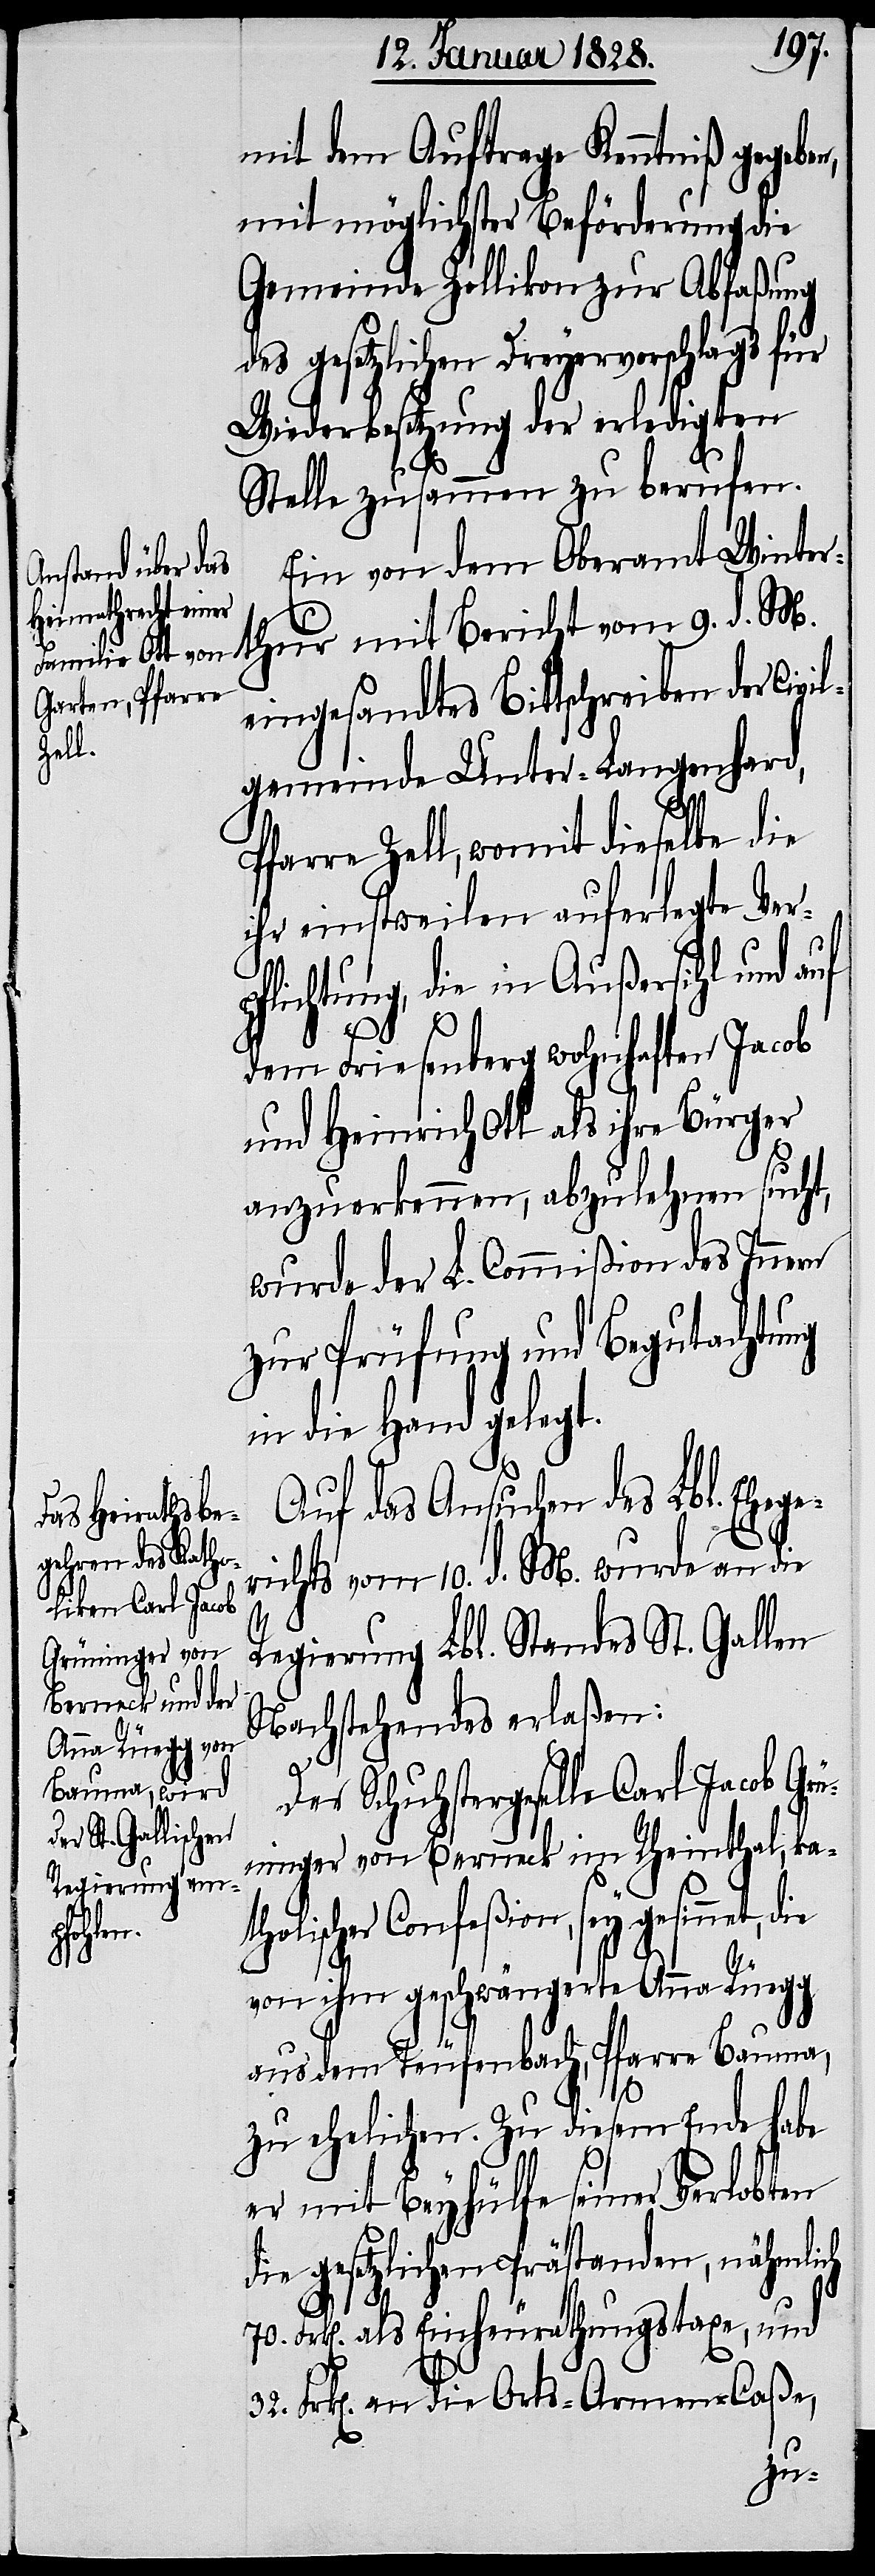
mit dem Auftrage Kenntniß gegeben,
mit möglichster Beförderung die
Gemeinde Zollikon zur Abfaßung
des gesetzlichen Dreyervorschlags für
Wiederbesetzung der erledigten
Stelle zusammen zu berufen.
Ein von dem Oberamt Winter¬
thur mit Bericht vom 9. d. M.
eingesandtes Bittschreiben der Civi¬
lgemeinde Unter-Langenhard,
farre Zell, womit dieselbe die
ihr einstweilen auferlegte Ver¬
pflichtung, die in Außersihl und auf
dem Friesenberg wohnhaften Jacob
und Heinrich Ott als ihre Bürger
anzuerkennen, abzulehnen sucht,
wurde der L. Commißion des Innern
zur Prüfung und Begutachtung
in die Hand gelegt.
Auf das Ansuchen des Lbl. Ehege¬
richts vom 10. d. M. wurde an die
Regierung Lbl. Standes St. Gallen
Nachstehendes erlaßen:
Der Schuhstergeselle Carl Jacob Grü¬
ninger von Berneck im Rheinthal, kat¬
holischer Confeßion, sey gesinnt,
von ihm geschwängerte Anna Rüegg
aus dem Teufenbach, Pfarre Bauma,
zu ehelichen. Zu diesem Ende habe
P¬
er mit Beyhülfe seiner Verlobten
die gesetzlichen Prästanden, nähmlich
70.
Frk[en]. als Einheurathungstaxe, und
Frk[en]. an die Orts-Armen-Caßa,
32.